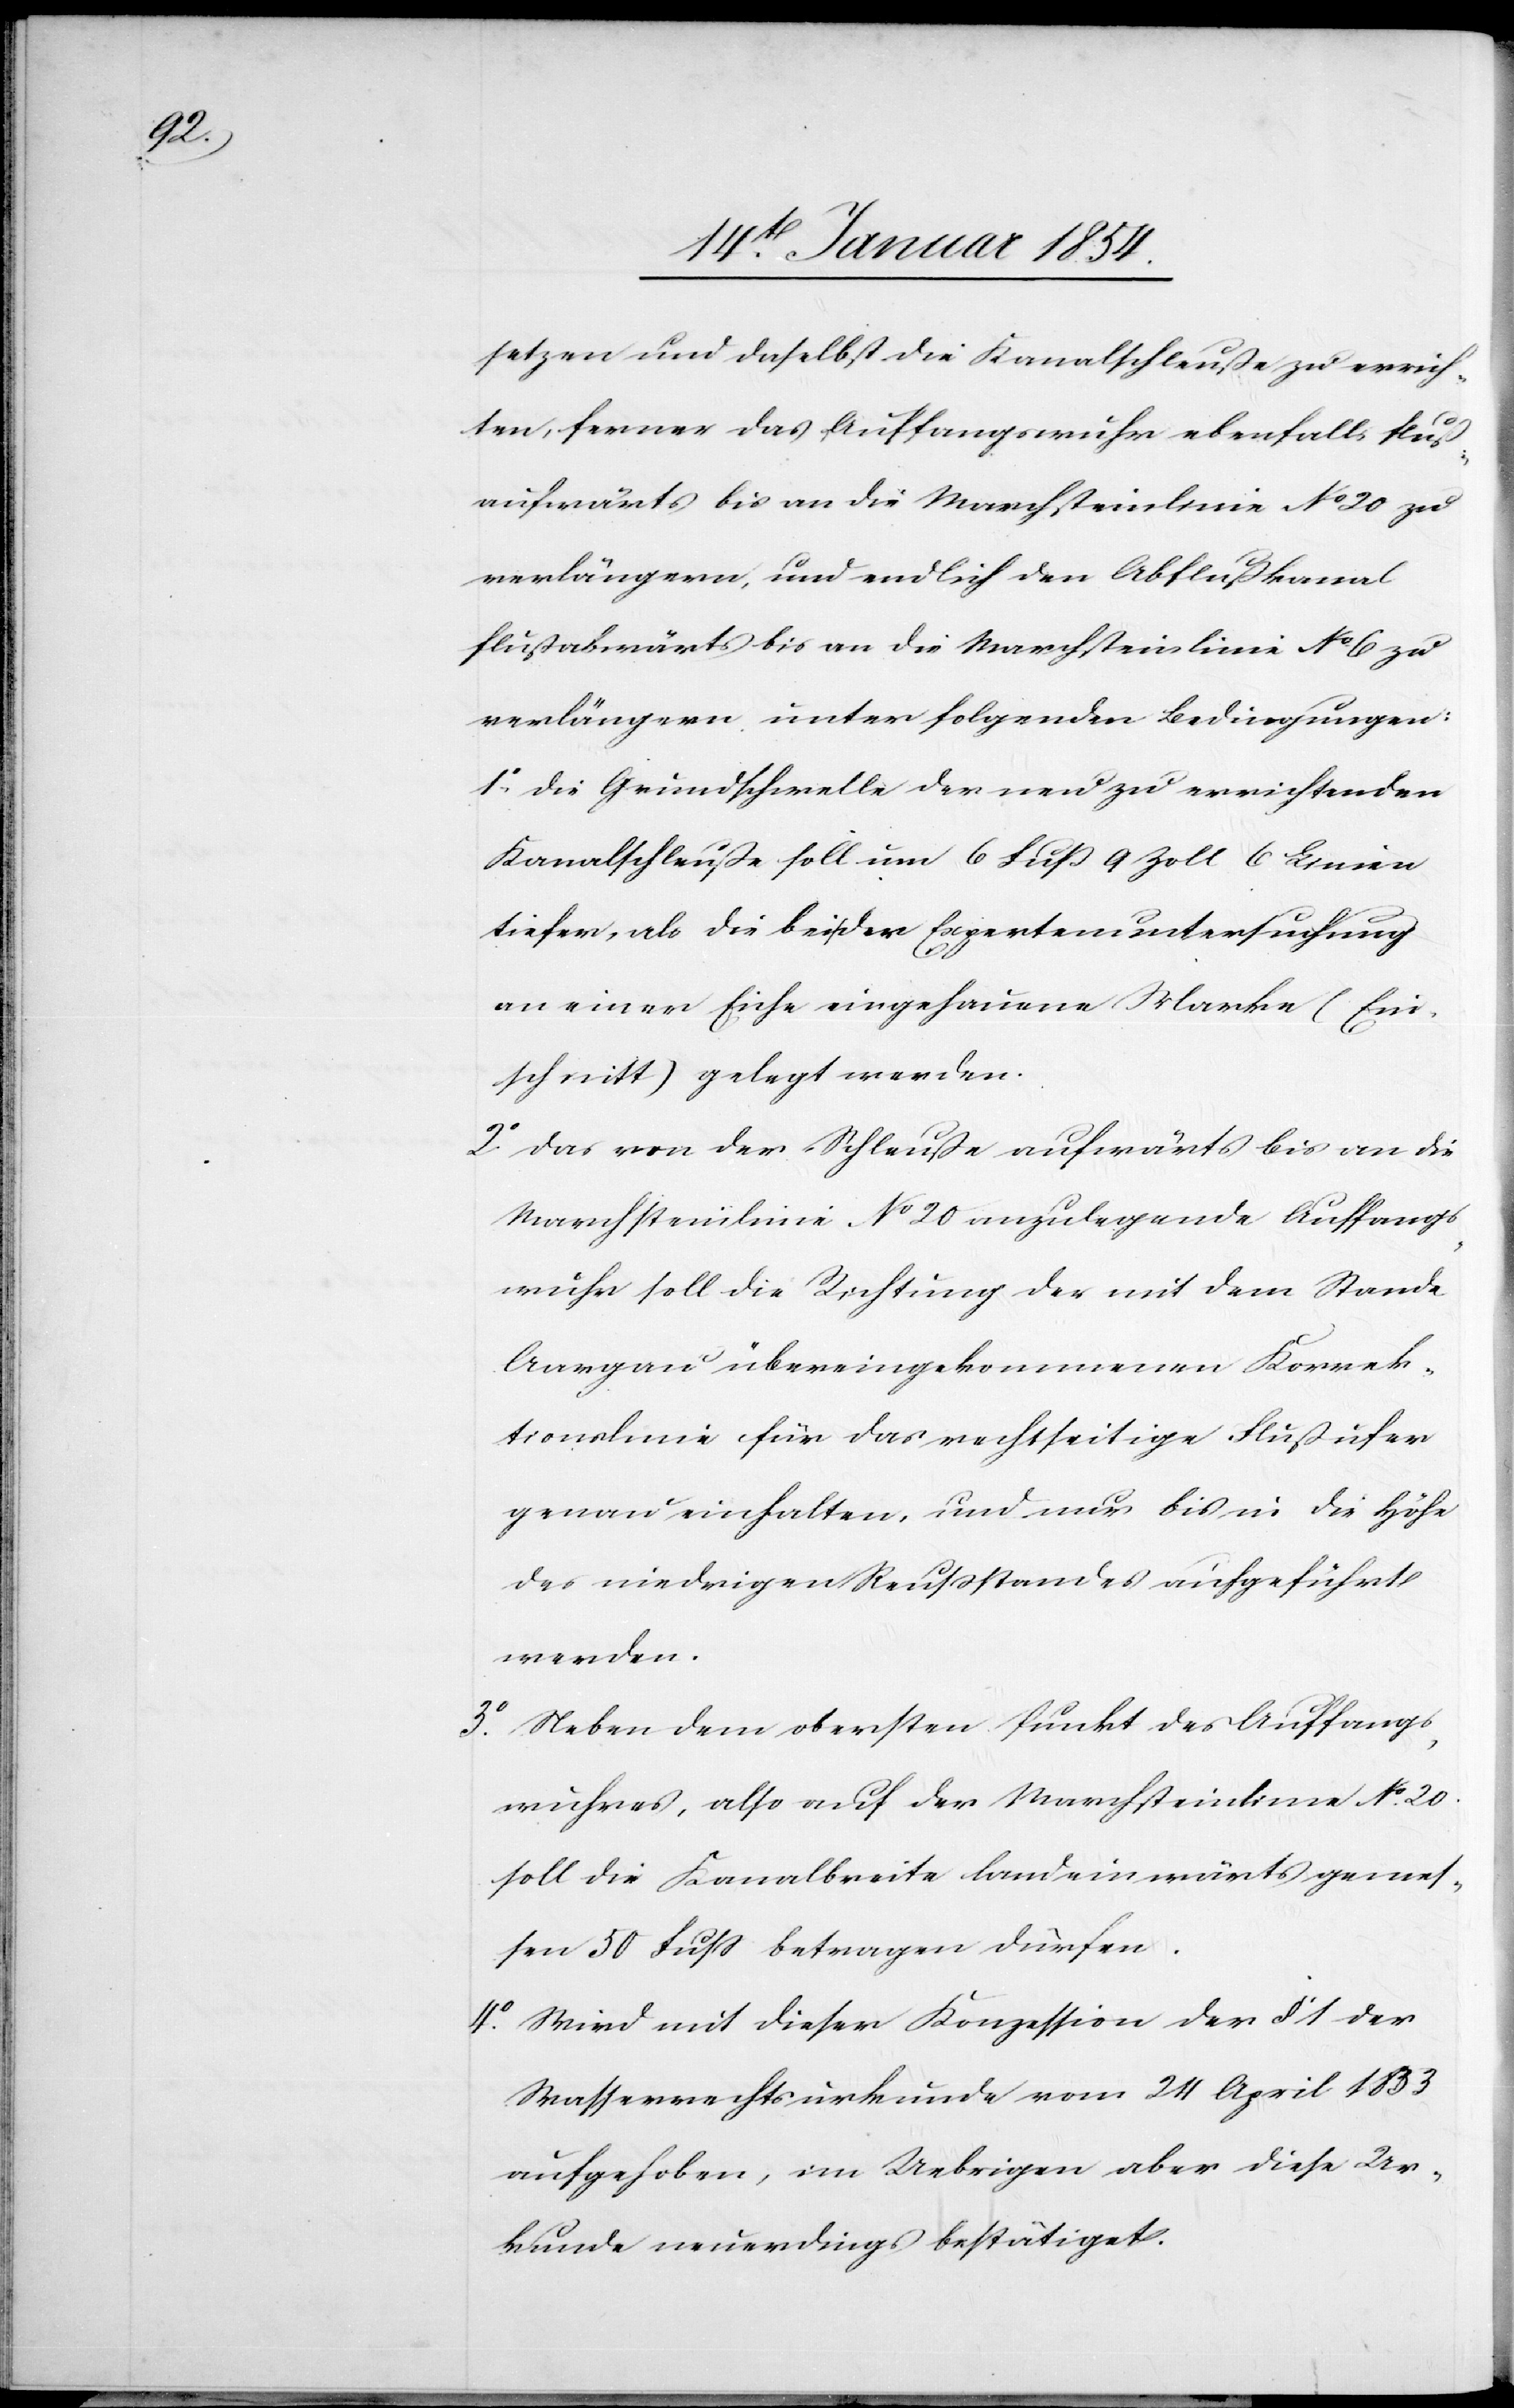
setzen und daselbst die Kanalschleuße zu errich¬
ten, ferner das Auffangswuhr ebenfalls fluß¬
aufwärts bis an die Marchsteinlinie No 20 zu
verlängern, und endlich den Abflußkanal
flußabwärts bis an die Marchsteinlinie No 6 zu
verlängern unter folgenden Bedingungen:
1o Die Grundschwelle der neu zu errichtenden
Kanalschleuße soll um 6 Fuß 9 Zoll 6 Linien
tiefer, als die bei der Expertenuntersuchung
an einer Eiche eingehauene Marke (Ein¬
schnitt) gelegt werden.
2o Das von der Schleuße aufwärts bis an die
Marchsteinlinie No 20 anzulegende Auffangs¬
wuhr soll die Richtung der mit dem Stande
Aargau übereingekommenen Korrek¬
tionslinie für das rechtseitige Flußufer
genau eingehalten, und nur bis in die Höhe
des niedrigen Reußstandes aufgeführt
werden.
3o Neben dem obersten Punkt des Auffangs¬
wuhres, also auf der Marchsteinlinie No 20.
soll die Kanalbreite landeinwärts gemes¬
sen 50 Fuß betragen dürfen.
4o Wird mit dieser Konzession der § 1 der
Wasserrechtsurkunde vom 24 April 1833
aufgehoben, im Uebrigen aber diese Ur¬
kunde neuerdings bestätiget.